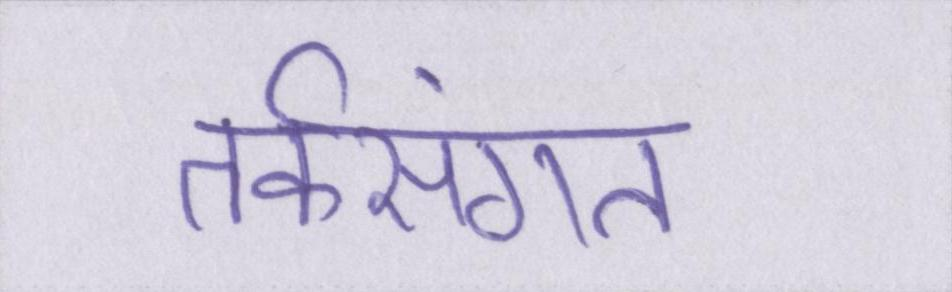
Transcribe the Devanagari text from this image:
तर्कसंगत